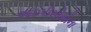
આઇપીસીસીના